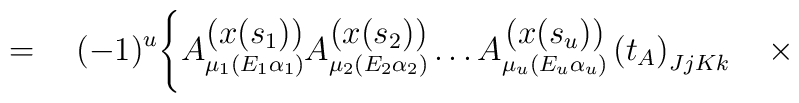
=\quad(-1)^u\Bigg\{A\raisebox{-4pt}{$\stackrel{\displaystyle{(x(s_1))}} 	{\scriptstyle{\mu_1(E_1\alpha_1)}}$} 	A\raisebox{-4pt}{$\stackrel{\displaystyle{(x(s_2))}} 	{\scriptstyle{\mu_2(E_2\alpha_2)}}$} 	\dots A\raisebox{-4pt}{$\stackrel{\displaystyle{(x(s_u))}} 	{\scriptstyle{\mu_u(E_u\alpha_u)}}$} 	\left(t_A\right)_{JjKk}\quad\times